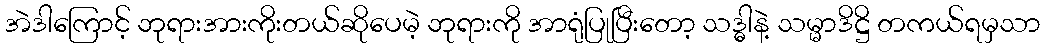
အဲဒါကြောင့် ဘုရားအားကိုးတယ်ဆိုပေမဲ့ ဘုရားကို အာရုံပြုပြီးတော့ သဒ္ဓါနဲ့ သမ္မာဒိဋ္ဌိ တကယ်ရမှသာ